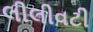
લીલીવટી